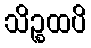
သိဉ္စထပိ